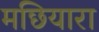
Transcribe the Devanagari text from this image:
मछियारा